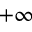
+ \infty